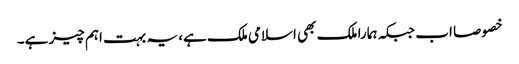
خصوصا اب جبکہ ہمارا ملک بھی اسلامی ملک ہے، یہ بہت اہم چیز ہے۔